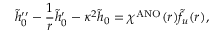
\tilde { h } _ { 0 } ^ { \prime \prime } - \frac { 1 } { r } \tilde { h } _ { 0 } ^ { \prime } - \kappa ^ { 2 } \tilde { h } _ { 0 } = \chi ^ { \mathrm { A N O } } ( r ) \tilde { f } _ { u } ( r ) ,